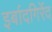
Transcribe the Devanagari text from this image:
इर्बादगिर्रेद